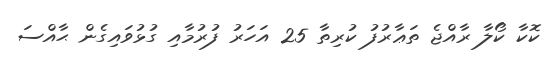
ކޮކާ ކޯލާ ރާއްޖެ ތަޢާރުފު ކުރިތާ 25 އަހަރު ފުރުމާއި ގުޅުވައިގެން ޙާއްސަ